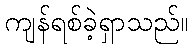
ကျန်ရစ်ခဲ့ရှာသည်။